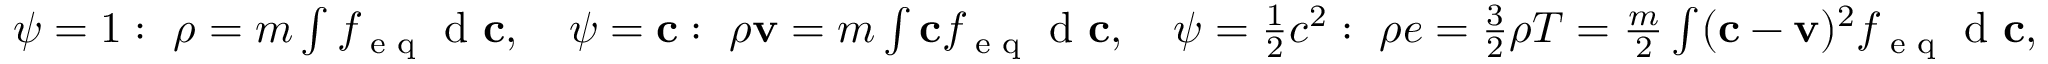
\begin{array} { r } { \psi = 1 : \ \rho = m \int f _ { \textrm { e q } } \textrm { d } \mathbf c , \quad \psi = \mathbf c : \ \rho \mathbf v = m \int \mathbf c f _ { \textrm { e q } } \textrm { d } \mathbf c , \quad \psi = \frac { 1 } { 2 } c ^ { 2 } : \ \rho e = \frac { 3 } { 2 } \rho T = \frac { m } { 2 } \int ( \mathbf c - \mathbf v ) ^ { 2 } f _ { \textrm { e q } } \textrm { d } \mathbf c , } \end{array}